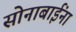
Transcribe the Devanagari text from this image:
सोनाबाईंना